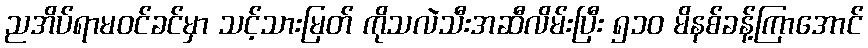
ညအိပ်ရာမဝင်ခင်မှာ သင့်သားမြတ် ကိုသလဲသီးအဆီလိမ်းပြီး ၅၁၀ မိနစ်ခန့်ကြာအောင်